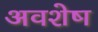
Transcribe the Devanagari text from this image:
अवशेष्‍ा